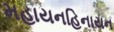
મહાયનહિનાયન